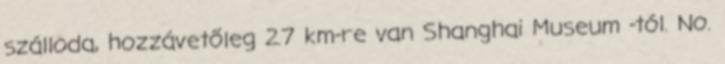
szálloda, hozzávetőleg 2.7 km-re van Shanghai Museum -tól. No.